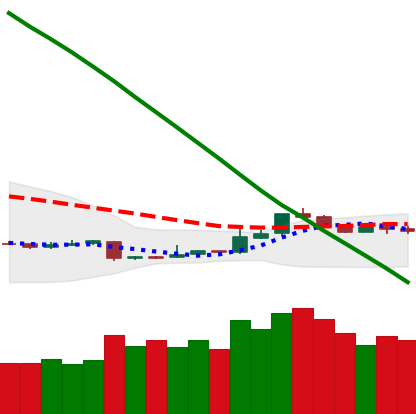
Ticker: ETH-USD
Chart end date: 2018-11-12
Forward return: -17.307%
Label: down_7plus